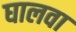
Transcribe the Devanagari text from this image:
घालवा